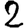
Digit: 2